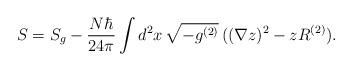
LaTeX: \begin{align*}S=S_{g}-\frac{N\hbar}{24\pi} \int d^{2}x\,\sqrt{-g^{(2)}}\, ((\nabla z)^{2}-zR^{(2)}). \end{align*}